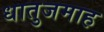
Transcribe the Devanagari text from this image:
धातुजमाह